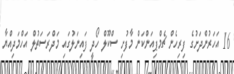
16 އަހަރުންދަށުގެ ފިރިހެން ޗެމްޕިއަންކަން މާފުށި ސްކޫލް ހޯދީ ފައިނަލުގައި މަދްރަސަތުލް އަހްމަދިއްޔާ